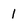
Character: I